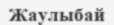
Жаулыбай